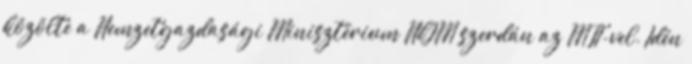
közölte a Nemzetgazdasági Minisztérium NGM szerdán az MTI-vel. Idén